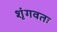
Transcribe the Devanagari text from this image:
शृंगवतः